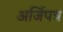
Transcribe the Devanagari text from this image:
अर्जिपत्र